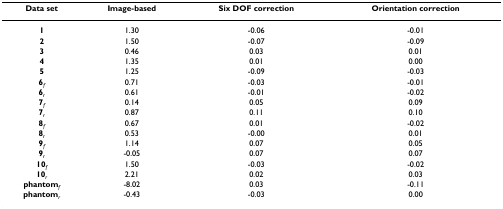
<table><thead><tr><td><b>Data set</b></td><td><b>Image-based</b></td><td><b>Six DOF correction</b></td><td><b>Orientation correction</b></td></tr></thead><tbody><tr><td><b>1</b></td><td>1.30</td><td>-0.06</td><td>-0.01</td></tr><tr><td><b>2</b></td><td>1.50</td><td>-0.07</td><td>-0.09</td></tr><tr><td><b>3</b></td><td>0.46</td><td>0.03</td><td>0.01</td></tr><tr><td><b>4</b></td><td>1.35</td><td>0.01</td><td>0.00</td></tr><tr><td><b>5</b></td><td>1.25</td><td>-0.09</td><td>-0.03</td></tr><tr><td><b>6</b><sub><i>f</i></sub></td><td>0.71</td><td>-0.03</td><td>-0.01</td></tr><tr><td><b>6</b><sub><i>r</i></sub></td><td>0.61</td><td>-0.01</td><td>-0.02</td></tr><tr><td><b>7</b><sub><i>f</i></sub></td><td>0.14</td><td>0.05</td><td>0.09</td></tr><tr><td><b>7</b><sub><i>r</i></sub></td><td>0.87</td><td>0.11</td><td>0.10</td></tr><tr><td><b>8</b><sub><i>f</i></sub></td><td>0.67</td><td>0.01</td><td>-0.02</td></tr><tr><td><b>8</b><sub><i>r</i></sub></td><td>0.53</td><td>-0.00</td><td>0.01</td></tr><tr><td><b>9</b><sub><i>f</i></sub></td><td>1.14</td><td>0.07</td><td>0.05</td></tr><tr><td><b>9</b><sub><i>r</i></sub></td><td>-0.05</td><td>0.07</td><td>0.07</td></tr><tr><td><b>10</b><sub><i>f</i></sub></td><td>1.50</td><td>-0.03</td><td>-0.02</td></tr><tr><td><b>10</b><sub><i>r</i></sub></td><td>2.21</td><td>0.02</td><td>0.03</td></tr><tr><td><b>phantom</b><sub><i>f</i></sub></td><td>-8.02</td><td>0.03</td><td>-0.11</td></tr><tr><td><b>phantom</b><sub><i>r</i></sub></td><td>-0.43</td><td>-0.03</td><td>0.00</td></tr></tbody></table>